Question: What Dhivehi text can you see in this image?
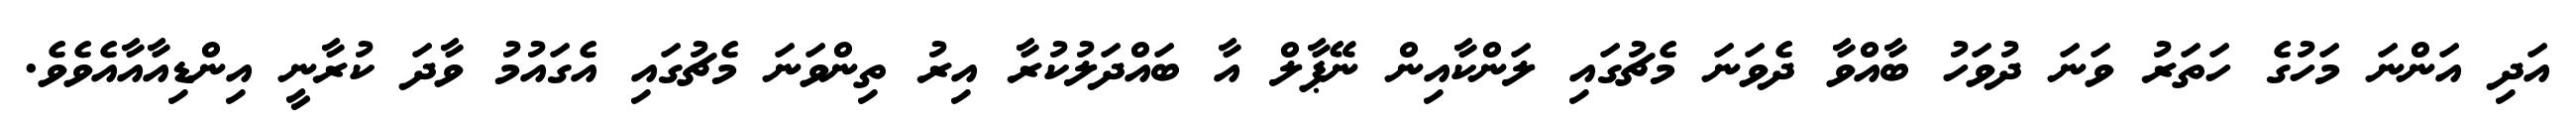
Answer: އަދި އަންނަ މަހުގެ ހަތަރު ވަނަ ދުވަހު ބާއްވާ ދެވަނަ މެޗުގައި ލަންކާއިން ނޭޕާލް އާ ބައްދަލުކުރާ އިރު ތިންވަނަ މެޗުގައި އެގައުމު ވާދަ ކުރާނީ އިންޑިއާއާއެވެވެ.